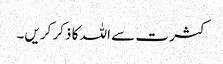
کثرت سے اللہ کا ذکر کریں۔